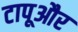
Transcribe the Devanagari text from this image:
टापूऔर